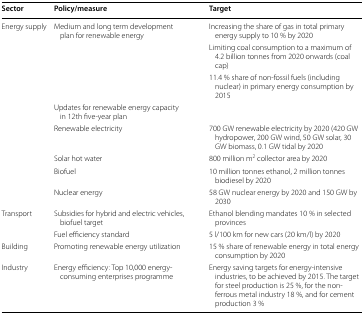
<table><thead><tr><td><b>Sector</b></td><td><b>Policy/measure</b></td><td><b>Target</b></td></tr></thead><tbody><tr><td rowspan="8">Energy supply</td><td rowspan="3">Medium and long term development plan for renewable energy</td><td>Increasing the share of gas in total primary energy supply to 10 % by 2020</td></tr><tr><td>Limiting coal consumption to a maximum of 4.2 billion tonnes from 2020 onwards (coal cap)</td></tr><tr><td>11.4 % share of non-fossil fuels (including nuclear) in primary energy consumption by 2015</td></tr><tr><td>Updates for renewable energy capacity in 12th five-year plan</td><td></td></tr><tr><td>Renewable electricity</td><td>700 GW renewable electricity by 2020 (420 GW hydropower, 200 GW wind, 50 GW solar, 30 GW biomass, 0.1 GW tidal by 2020</td></tr><tr><td>Solar hot water</td><td>800 million m<sup>2</sup> collector area by 2020</td></tr><tr><td>Biofuel</td><td>10 million tonnes ethanol, 2 million tonnes biodiesel by 2020</td></tr><tr><td>Nuclear energy</td><td>58 GW nuclear energy by 2020 and 150 GW by 2030</td></tr><tr><td rowspan="2">Transport</td><td>Subsidies for hybrid and electric vehicles, biofuel target</td><td>Ethanol blending mandates 10 % in selected provinces</td></tr><tr><td>Fuel efficiency standard</td><td>5 l/100 km for new cars (20 km/l) by 2020</td></tr><tr><td>Building</td><td>Promoting renewable energy utilization</td><td>15 % share of renewable energy in total energy consumption by 2020</td></tr><tr><td>Industry</td><td>Energy efficiency: Top 10,000 energy-consuming enterprises programme</td><td>Energy saving targets for energy-intensive industries, to be achieved by 2015. The target for steel production is 25 %, for the non-ferrous metal industry 18 %, and for cement production 3 %</td></tr></tbody></table>